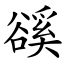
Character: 豀